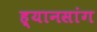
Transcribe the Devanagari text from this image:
ह्यानसांग